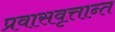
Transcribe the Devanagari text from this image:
प्रवासवृत्तान्त